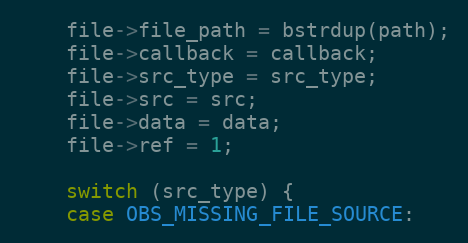
Language: C
	file->file_path = bstrdup(path);
	file->callback = callback;
	file->src_type = src_type;
	file->src = src;
	file->data = data;
	file->ref = 1;

	switch (src_type) {
	case OBS_MISSING_FILE_SOURCE: